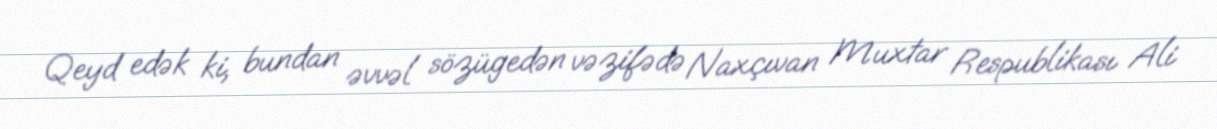
Qeyd edək ki, bundan əvvəl sözügedən vəzifədə Naxçıvan Muxtar Respublikası Ali